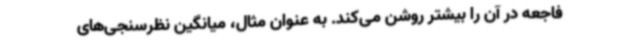
فاجعه در آن را بیشتر روشن می‌کند. به عنوان مثال، میانگین نظرسنجی‌های